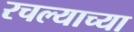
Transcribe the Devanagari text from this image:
रचल्याच्या